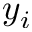
y _ { i }